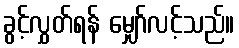
ခွင့်လွှတ်ရန် မျှော်လင့်သည်။